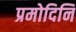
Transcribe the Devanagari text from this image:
प्रमोदिनि